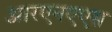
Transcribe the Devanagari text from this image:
आरएनएएस